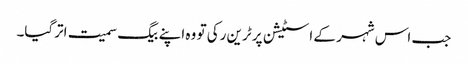
جب اس شہر کے اسٹیشن پر ٹرین رکی تو وہ اپنے بیگ سمیت اترگیا۔